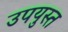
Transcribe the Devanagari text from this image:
उपयुस्त